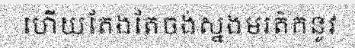
ហើយតែងតែចង់ស្នងមរត៌កនូវ